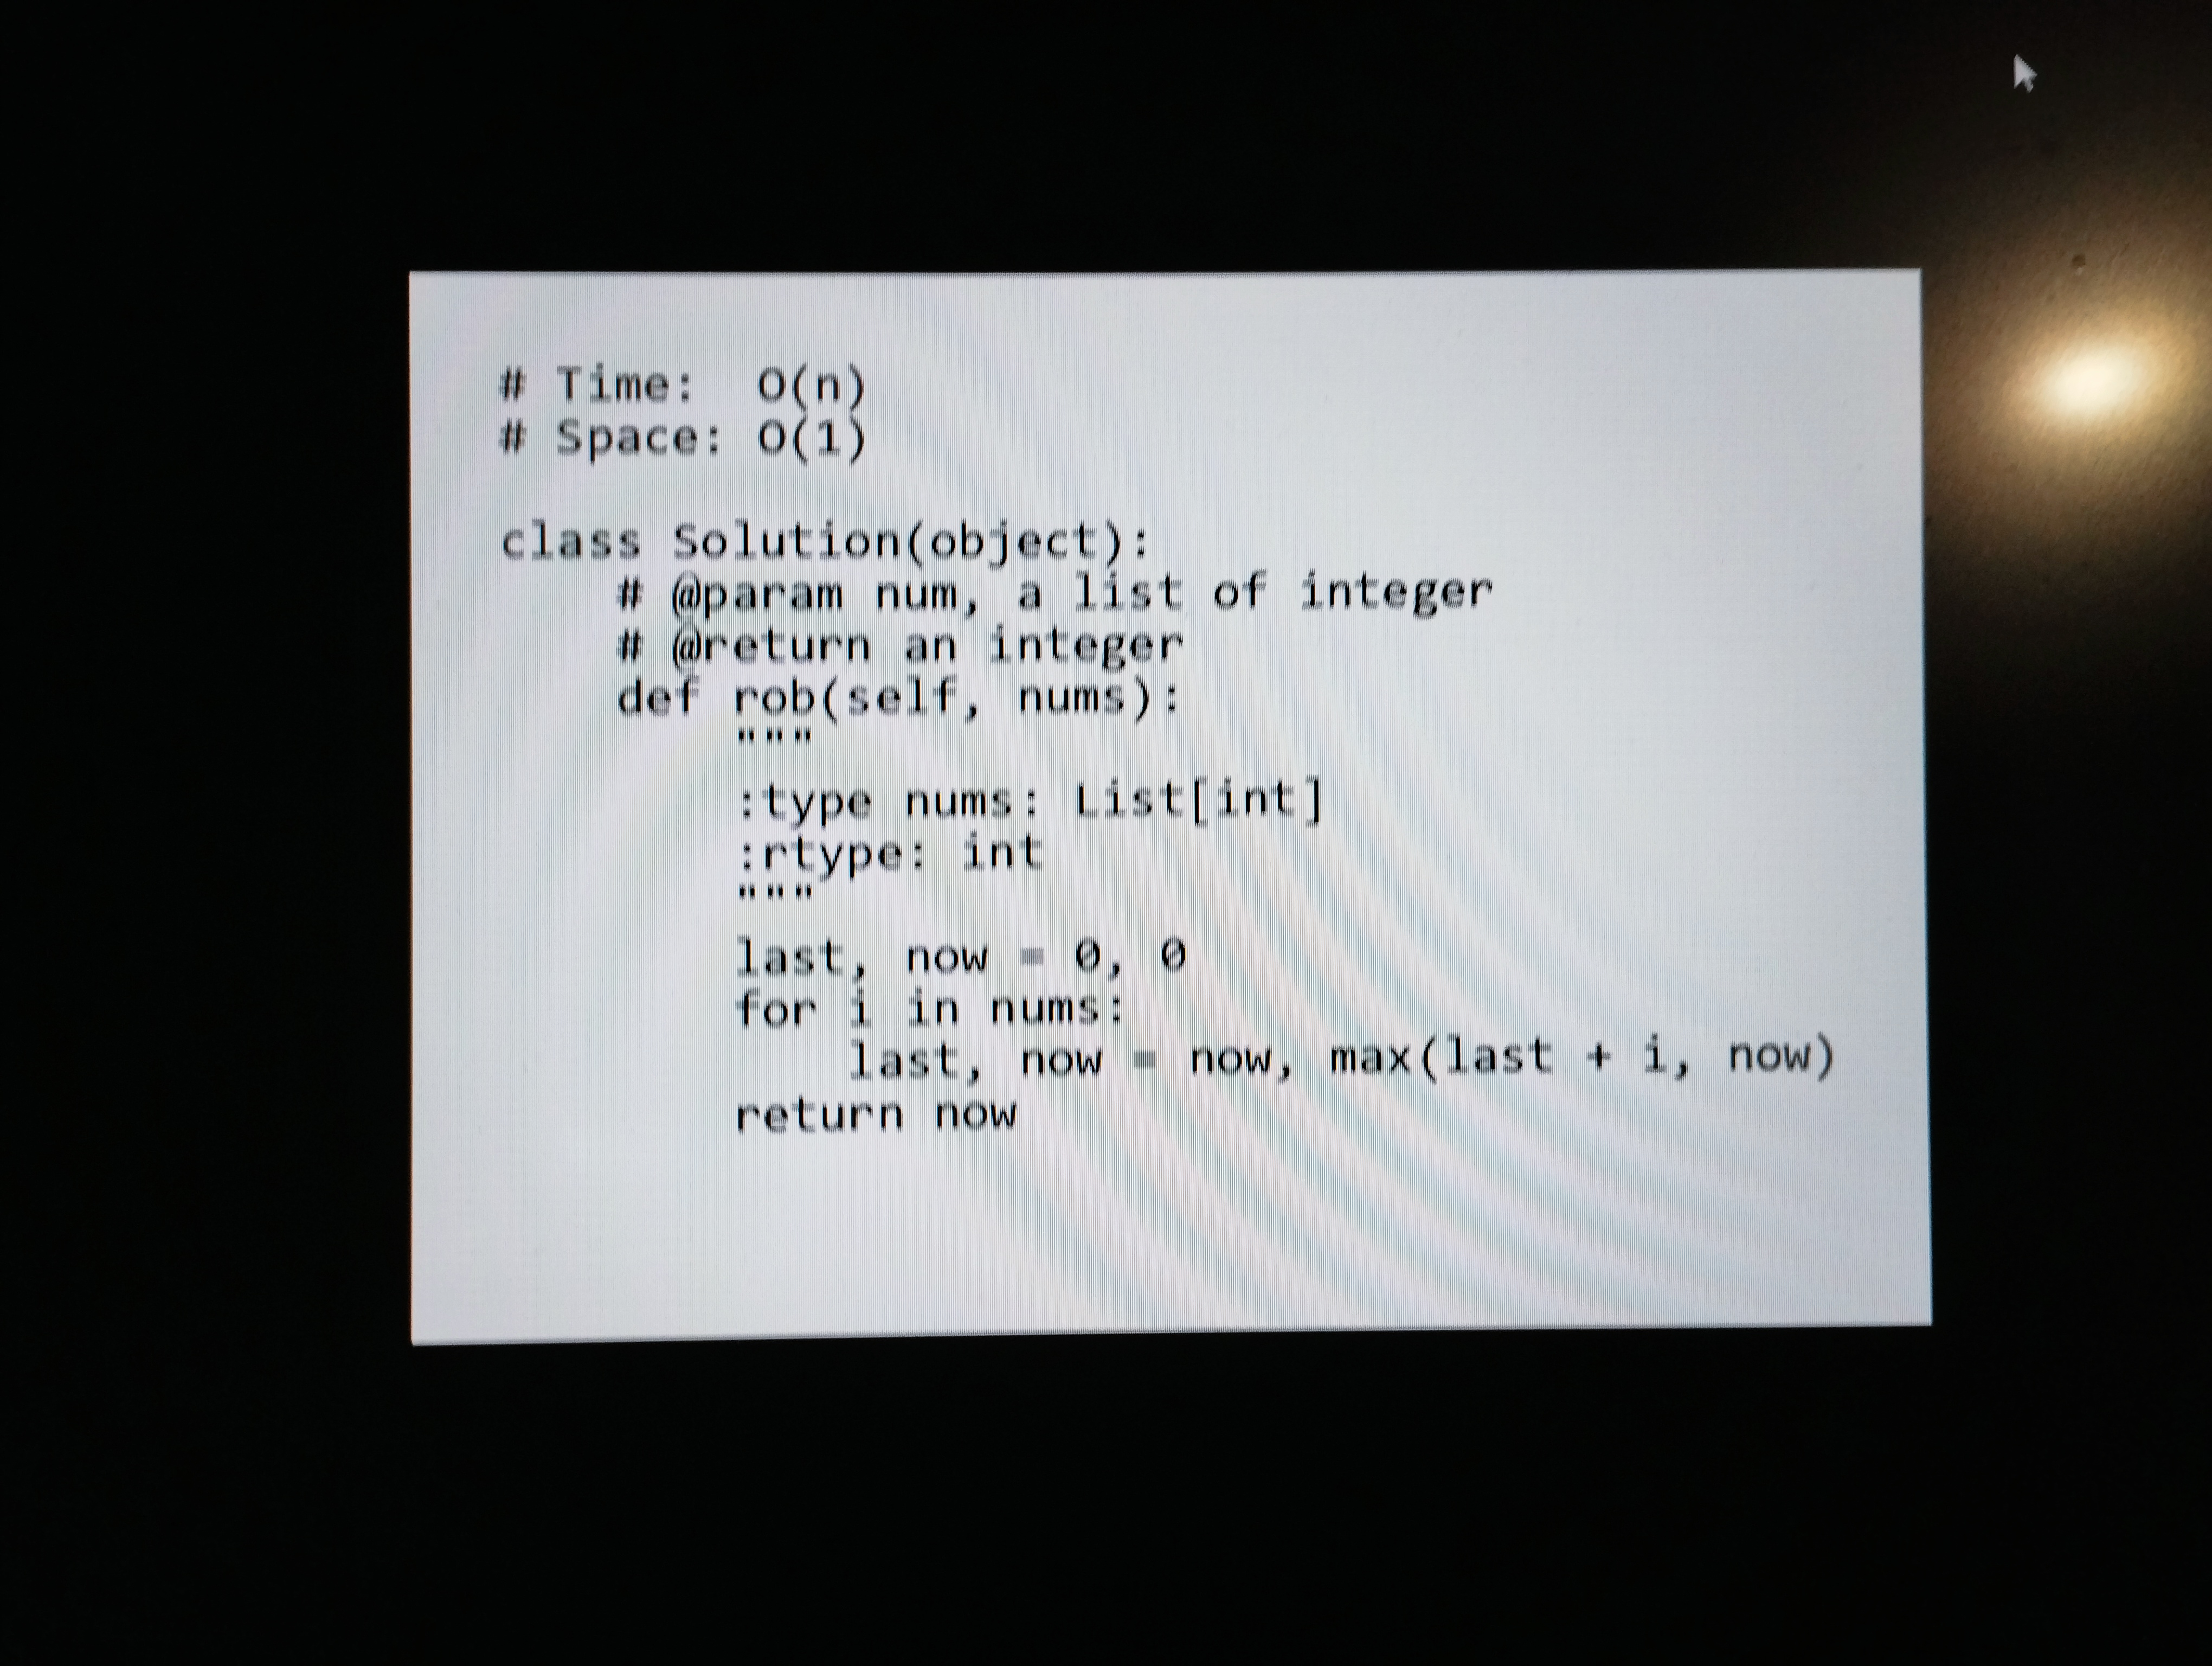
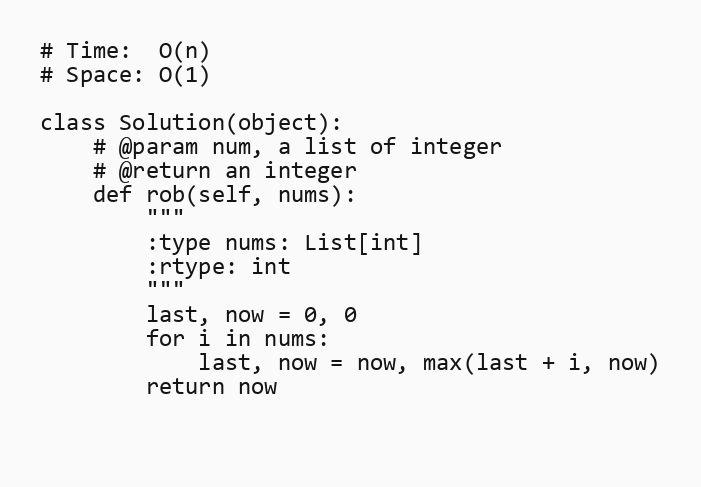
# Time:  O(n)
# Space: O(1)

class Solution(object):
    # @param num, a list of integer
    # @return an integer
    def rob(self, nums):
        """
        :type nums: List[int]
        :rtype: int
        """
        last, now = 0, 0
        for i in nums:
            last, now = now, max(last + i, now)
        return now